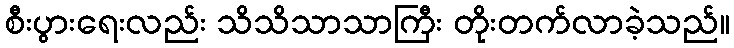
စီးပွားရေးလည်း သိသိသာသာကြီး တိုးတက်လာခဲ့သည်။